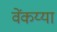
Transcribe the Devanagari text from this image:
वेंकय्या